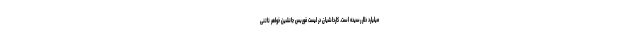
میلیارد دلار رسیده است. کارداشیان در لیست فوربس جانشین خواهر ناتنی